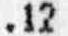
.12